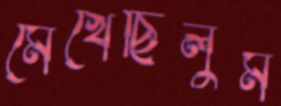
মেখেছিলুম